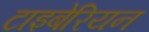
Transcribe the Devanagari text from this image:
टाइबेरियन